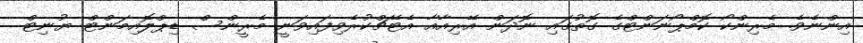
އިންނެވެ. މެރިންކޯ ކޮމްޕޯނަންޓްގެ ގޮތުގައި ނޮދަން އޭރިއާއާ އެޓޭޗްކުރެވިފައިވަނީ މެރީންސް ޑިޕްލޮއިމަންޓް ޔުނިޓް